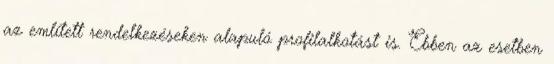
az említett rendelkezéseken alapuló profilalkotást is. Ebben az esetben